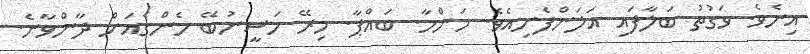
އިނެވެ. ވަގުތު ބަލާފައި އަލަންފެށިއެވެ. މަންމާ. ބައްޕާ. މިރޭ ހަސީނުބޭ މެންގެއަށް ދާންވާނެ.